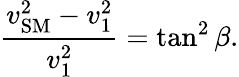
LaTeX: \frac{v_{\mathrm{SM}}^{2}-v_{1}^{2}}{v_{1}^{2}}=\tan^{2}\beta.